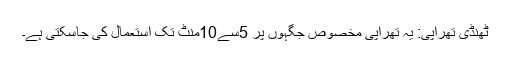
ٹھنڈی تھراپی: یہ تھراپی مخصوص جگہوں پر 5سے10منٹ تک استعمال کی جاسکتی ہے۔